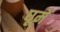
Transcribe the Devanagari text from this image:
घूमें